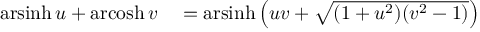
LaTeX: \begin{array} { r l } { \operatorname { a r s i n h } u + \operatorname { a r c o s h } v } & { { } = \operatorname { a r s i n h } \left( u v + { \sqrt { ( 1 + u ^ { 2 } ) ( v ^ { 2 } - 1 ) } } \right) } \end{array}